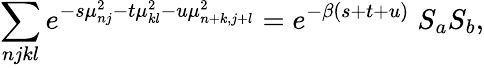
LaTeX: \sum_{njkl}e^{-s\mu_{nj}^{2}-t\mu_{kl}^{2}-u\mu_{n+k,j+l}^{2}}=e^{-\beta(s+t+u)}\; S_{a}S_{b},